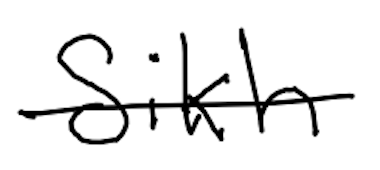
Text: Sikh
Cross-out: mix
Writing tool: digital_black